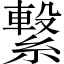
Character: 繋